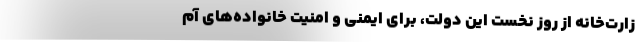
زارت‌خانه از روز نخست این دولت، برای ایمنی و امنیت خانواده‌های آم